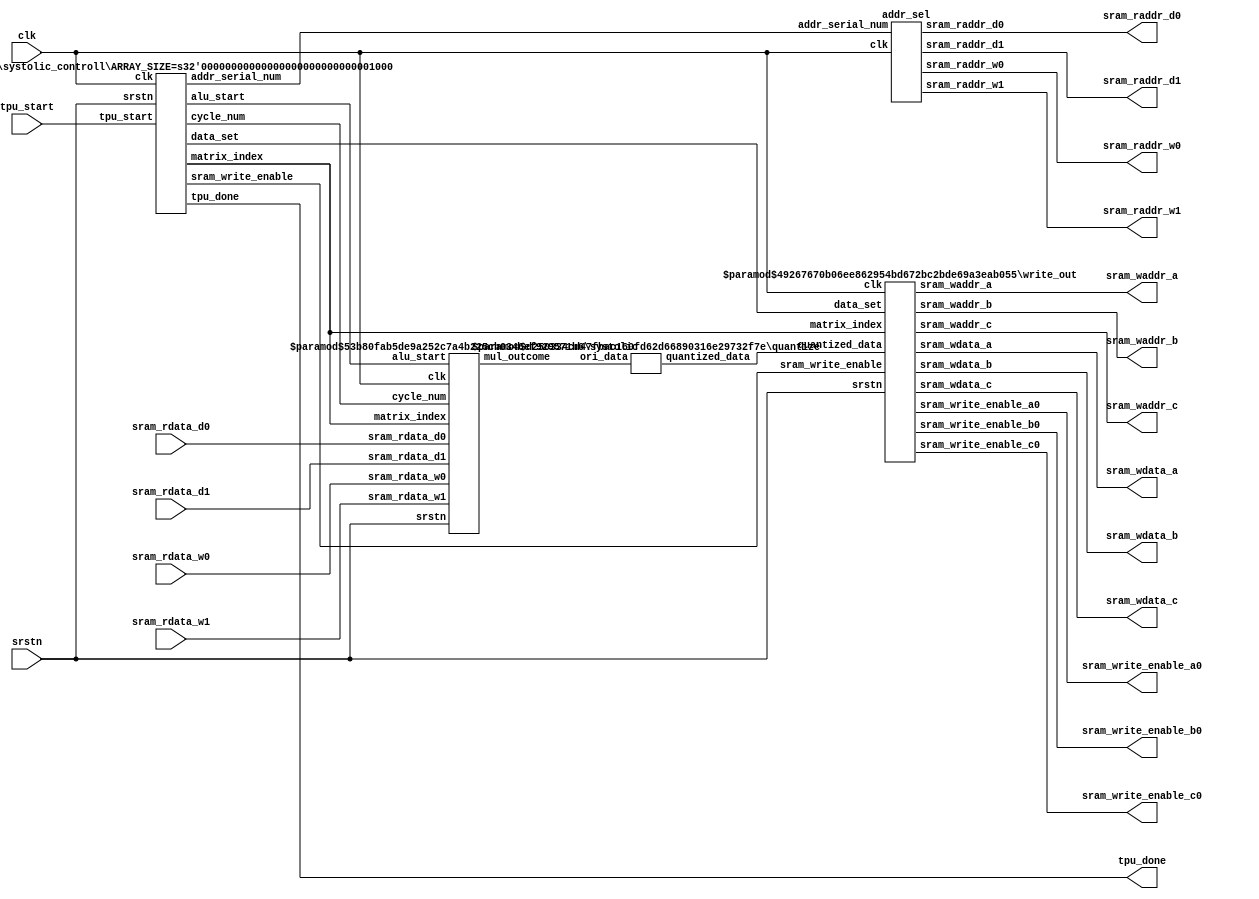
module tpu_top#(
	parameter ARRAY_SIZE = 8,
	parameter SRAM_DATA_WIDTH = 32,
	parameter DATA_WIDTH = 8,
	parameter OUTPUT_DATA_WIDTH = 16
)
(
	input clk,
	input srstn,
	input tpu_start,

	//input data for (data, weight) from eight SRAM
	input [SRAM_DATA_WIDTH-1:0] sram_rdata_w0,
	input [SRAM_DATA_WIDTH-1:0] sram_rdata_w1,
	
	input [SRAM_DATA_WIDTH-1:0] sram_rdata_d0,
	input [SRAM_DATA_WIDTH-1:0] sram_rdata_d1,

	//output addr for (data, weight) from eight SRAM
	output [9:0] sram_raddr_w0,
	output [9:0] sram_raddr_w1,

	output [9:0] sram_raddr_d0,
	output [9:0] sram_raddr_d1,
	
	//write to three SRAN for comparison
	output sram_write_enable_a0,
	output [ARRAY_SIZE*OUTPUT_DATA_WIDTH-1:0] sram_wdata_a,
	output [5:0] sram_waddr_a,

	output sram_write_enable_b0,
	output [ARRAY_SIZE*OUTPUT_DATA_WIDTH-1:0] sram_wdata_b,
	output [5:0] sram_waddr_b,

	output sram_write_enable_c0,
	output [ARRAY_SIZE*OUTPUT_DATA_WIDTH-1:0] sram_wdata_c,
	output [5:0] sram_waddr_c,
	
	output tpu_done
);
localparam ORI_WIDTH = DATA_WIDTH+DATA_WIDTH+5;

//----addr_sel parameter----
wire [6:0] addr_serial_num;

//----quantized parameter----
wire signed [ARRAY_SIZE*ORI_WIDTH-1:0] ori_data;
wire signed [ARRAY_SIZE*OUTPUT_DATA_WIDTH-1:0] quantized_data;

//-----systolic parameter----
wire alu_start;
wire [8:0] cycle_num;
wire [5:0] matrix_index;

//----ststolic_controll parameter---
wire sram_write_enable;
wire [1:0] data_set;

//----write_out parameter----
// nothing XD



//----addr_sel module----
addr_sel addr_sel 
(
	//input
	.clk(clk),
	.addr_serial_num(addr_serial_num),	

	//output
	.sram_raddr_w0(sram_raddr_w0),
	.sram_raddr_w1(sram_raddr_w1),

	.sram_raddr_d0(sram_raddr_d0),
	.sram_raddr_d1(sram_raddr_d1)
);

//----quantize module----
quantize #(
	.ARRAY_SIZE(ARRAY_SIZE),
	.SRAM_DATA_WIDTH(SRAM_DATA_WIDTH),
	.DATA_WIDTH(DATA_WIDTH),
	.OUTPUT_DATA_WIDTH(OUTPUT_DATA_WIDTH)
) quantize
(
	//input
	.ori_data(ori_data),

	//output
	.quantized_data(quantized_data)	
);

//----systolic module----
systolic #(
	.ARRAY_SIZE(ARRAY_SIZE),
	.SRAM_DATA_WIDTH(SRAM_DATA_WIDTH),
	.DATA_WIDTH(DATA_WIDTH)
) systolic
(
	//input
	.clk(clk),
	.srstn(srstn),
	.alu_start(alu_start),
	.cycle_num(cycle_num),

	.sram_rdata_w0(sram_rdata_w0),
	.sram_rdata_w1(sram_rdata_w1),
		
	.sram_rdata_d0(sram_rdata_d0),
	.sram_rdata_d1(sram_rdata_d1),

	.matrix_index(matrix_index),
	
	//output
	.mul_outcome(ori_data)
);

//----systolic_controller module----
systolic_controll  #(
	.ARRAY_SIZE(ARRAY_SIZE)
) systolic_controll
(
	//input
	.clk(clk),
	.srstn(srstn),
	.tpu_start(tpu_start),

	//output
	.sram_write_enable(sram_write_enable),
	.addr_serial_num(addr_serial_num),
	.alu_start(alu_start),
	.cycle_num(cycle_num),
	.matrix_index(matrix_index),
	.data_set(data_set),
	.tpu_done(tpu_done)
);

//----write_out module----
write_out #(
	.ARRAY_SIZE(ARRAY_SIZE),
	.OUTPUT_DATA_WIDTH(OUTPUT_DATA_WIDTH)
) write_out
(
	//input
	.clk(clk), 
	.srstn(srstn),
	.sram_write_enable(sram_write_enable),
	.data_set(data_set),
	.matrix_index(matrix_index),
	.quantized_data(quantized_data),

	//output
	.sram_write_enable_a0(sram_write_enable_a0),
	.sram_wdata_a(sram_wdata_a),
	.sram_waddr_a(sram_waddr_a),

	.sram_write_enable_b0(sram_write_enable_b0),
	.sram_wdata_b(sram_wdata_b),
	.sram_waddr_b(sram_waddr_b),

	.sram_write_enable_c0(sram_write_enable_c0),
	.sram_wdata_c(sram_wdata_c),
	.sram_waddr_c(sram_waddr_c)
);

endmodule


//----for systolic array, we have 32x32 output, 32x32 weight buffer, 32x32
//data buffer

module systolic#(
	parameter ARRAY_SIZE = 8,
	parameter SRAM_DATA_WIDTH = 32,
	parameter DATA_WIDTH = 8
)
(
	input clk,
	input srstn,
	input alu_start,												//enable signal, can start do mul and add plus shift
	input [8:0] cycle_num,
	//input pos_table [0:ARRAY_SIZE-1] [0:ARRAY_SIZE-1],

	input [SRAM_DATA_WIDTH-1:0] sram_rdata_w0,		//32 weight queue
	input [SRAM_DATA_WIDTH-1:0] sram_rdata_w1,

	input [SRAM_DATA_WIDTH-1:0] sram_rdata_d0,		//32 data queue
	input [SRAM_DATA_WIDTH-1:0] sram_rdata_d1,

	input [5:0] matrix_index,
	output reg signed [(ARRAY_SIZE*(DATA_WIDTH+DATA_WIDTH+5))-1:0] mul_outcome
);

localparam FIRST_OUT = ARRAY_SIZE+1;
localparam PARALLEL_START = ARRAY_SIZE+ARRAY_SIZE+1;
localparam OUTCOME_WIDTH = DATA_WIDTH+DATA_WIDTH+5;

reg signed [OUTCOME_WIDTH-1:0] matrix_mul_2D [0:ARRAY_SIZE-1] [0:ARRAY_SIZE-1]; 		
reg signed [OUTCOME_WIDTH-1:0] matrix_mul_2D_nx [0:ARRAY_SIZE-1] [0:ARRAY_SIZE-1]; 		
reg signed [DATA_WIDTH-1:0] data_queue [0:ARRAY_SIZE-1] [0:ARRAY_SIZE-1];
reg signed [DATA_WIDTH-1:0] weight_queue [0:ARRAY_SIZE-1] [0:ARRAY_SIZE-1];

reg signed [DATA_WIDTH+DATA_WIDTH-1:0] mul_result;

reg [5:0] upper_bound;
reg [5:0] lower_bound;

integer i,j;


//------data, weight------
always@(posedge clk) begin
	if(~srstn) begin
		for(i=0; i<ARRAY_SIZE; i=i+1) begin
			for(j=0; j<ARRAY_SIZE; j=j+1) begin
				weight_queue[i][j] <= 0;
				data_queue[i][j]   <= 0;
			end
		end
	end
	else begin
		if(alu_start) begin
			//weight shifting(a0)
			for(i=0; i<4; i=i+1) begin
				weight_queue[0][i] <= sram_rdata_w0[31-8*i-:8];
				weight_queue[0][i+4] <= sram_rdata_w1[31-8*i-:8];
			end
			
			for(i=1; i<ARRAY_SIZE; i=i+1) 
				for(j=0; j<ARRAY_SIZE; j=j+1) 
					weight_queue[i][j] <= weight_queue[i-1][j];
				
			//data shifting(b0)
			for(i=0; i<4; i=i+1) begin
				data_queue[i][0] <= sram_rdata_d0[31-8*i-:8];
				data_queue[i+4][0] <= sram_rdata_d1[31-8*i-:8];
			end
			
			for(i=0; i<ARRAY_SIZE; i=i+1) 
				for(j=1; j<ARRAY_SIZE; j=j+1) 
					data_queue[i][j] <= data_queue[i][j-1];
		end
	end
end

//-------multiplication unit------------
always@(posedge clk) begin
	if(~srstn) begin
		for(i=0; i<ARRAY_SIZE; i=i+1) 
			for(j=0; j<ARRAY_SIZE; j=j+1)  
				matrix_mul_2D[i][j] <= 0;
	end
	else begin
		for(i=0; i<ARRAY_SIZE; i=i+1) 
			for(j=0; j<ARRAY_SIZE; j=j+1) 
				matrix_mul_2D[i][j] <= matrix_mul_2D_nx[i][j];
	end
end

always@(*) begin
	if(alu_start) begin			//based on the mul_row_num, decode how many row operations need to do
		for(i=0; i<ARRAY_SIZE; i=i+1) begin
			for(j=0; j<ARRAY_SIZE; j=j+1) begin
				//multiplication and adding
				if( (cycle_num>=FIRST_OUT && (i+j)==(cycle_num-FIRST_OUT)%16) || (cycle_num >=PARALLEL_START && (i+j)==(cycle_num-PARALLEL_START)%16) ) begin
					mul_result = weight_queue[i][j] * data_queue[i][j];
					matrix_mul_2D_nx[i][j] =  { {5{mul_result[15]}} , mul_result };
				end
				else if( cycle_num>=1 && i+j<=(cycle_num-1) ) begin
					mul_result = weight_queue[i][j] * data_queue[i][j];
					matrix_mul_2D_nx[i][j] = matrix_mul_2D[i][j] + { {5{mul_result[15]}} , mul_result };
				end
				else begin
				 	mul_result = 0;	
					matrix_mul_2D_nx[i][j] = matrix_mul_2D[i][j];
				end
			end
		end
	end
	else begin
		mul_result = 0;
		for(i=0; i<ARRAY_SIZE; i=i+1) 
			for(j=0; j<ARRAY_SIZE; j=j+1) 
				matrix_mul_2D_nx[i][j] = matrix_mul_2D[i][j];
	end		
end

//------output data: mul_outcome(indexed by matrix_index)------
always@(*) begin	
	if(matrix_index < ARRAY_SIZE) begin
		upper_bound = matrix_index;
		lower_bound = matrix_index + ARRAY_SIZE;
	end
	else begin
		upper_bound = matrix_index - ARRAY_SIZE;
		lower_bound = matrix_index;
	end


	//initialization
	for(i=0; i<ARRAY_SIZE*OUTCOME_WIDTH; i=i+1)
		mul_outcome[i] = 0;

	//fetch data
	for(i=0; i<ARRAY_SIZE; i=i+1) begin
		for(j=0; j<ARRAY_SIZE-i; j=j+1) begin
			if(i+j == upper_bound)
				mul_outcome[i*OUTCOME_WIDTH+:OUTCOME_WIDTH] = matrix_mul_2D[i][j];
		end
	end

	for(i=1; i<ARRAY_SIZE; i=i+1) begin
		for(j=ARRAY_SIZE-i; j<ARRAY_SIZE; j=j+1) begin
			if(i+j == lower_bound)
				mul_outcome[i*OUTCOME_WIDTH+:OUTCOME_WIDTH] = matrix_mul_2D[i][j];
		end
	end

end

endmodule

//-----controller for systolic array----

module systolic_controll#(
	parameter ARRAY_SIZE = 8
)
(
	input clk,
	input srstn,
	input tpu_start,																//total enable signal
	
	output reg sram_write_enable,

	//addr_sel
	output reg [6:0] addr_serial_num,

	//systolic array
	output reg alu_start,																//shift & multiplcation start
	output reg [8:0] cycle_num,													//for systolic.v
	output reg [5:0] matrix_index,													//index for write-out SRAM data
	output reg [1:0] data_set,

	output reg tpu_done														//done signal
);

localparam IDLE = 3'd0, LOAD_DATA = 3'd1, WAIT1 = 3'd2, ROLLING = 3'd3;

//----general variable----
reg [2:0] state;
reg [2:0] state_nx;

reg [1:0] data_set_nx;

reg tpu_done_nx;

//----addr_sel----
reg [6:0] addr_serial_num_nx;

//----systolic array----
reg [8:0] cycle_num_nx;
reg [5:0] matrix_index_nx;

//----initialization----
always@(posedge clk) begin
	if(~srstn) begin
		state <= IDLE;
		data_set <= 0;
		cycle_num <= 0;
		matrix_index <= 0;
		addr_serial_num <= 0;
		tpu_done <= 0;
	end
	else begin
		state <= state_nx;
		data_set <= data_set_nx;
		cycle_num <= cycle_num_nx;
		matrix_index <= matrix_index_nx;
		addr_serial_num <= addr_serial_num_nx;
		tpu_done <= tpu_done_nx;
	end
end

//----state transition, tpu_done signal----
always@(*) begin
	case(state) 
		IDLE:	 begin
			if(tpu_start)
				state_nx = LOAD_DATA;
			else
				state_nx = IDLE;
			tpu_done_nx = 0;
		end

		LOAD_DATA: begin
			state_nx = WAIT1;
			tpu_done_nx = 0;
		end

		WAIT1: begin
			state_nx = ROLLING;
			tpu_done_nx = 0;
		end

		ROLLING: begin
			if(matrix_index==15 && data_set == 1) begin
				state_nx = IDLE;
				tpu_done_nx = 1;
			end
			else begin
				state_nx = ROLLING;
				tpu_done_nx = 0;
			end
		end

		default: begin
			state_nx = IDLE;
			tpu_done_nx = 0;
		end
	endcase
end

//-----addr_sel: addr_serial_num-----
always@(*) begin
	case(state)
		IDLE: begin
			if(tpu_start)
				addr_serial_num_nx = 0;
			else
				addr_serial_num_nx = addr_serial_num;
		end

		LOAD_DATA:
			addr_serial_num_nx = 1;

		WAIT1: 
			addr_serial_num_nx = 2;

		ROLLING: begin
			if(addr_serial_num == 127)
				addr_serial_num_nx = addr_serial_num;
			else
				addr_serial_num_nx = addr_serial_num + 1;
		end

		default:
			addr_serial_num_nx = 0;
	endcase
end

//------systolic: alu_start, cycle_num, matrix_index, data_set,
//sram_write_enable------
always@(*) begin
	case(state)
		IDLE: begin
			alu_start = 0;
			cycle_num_nx = 0;
			matrix_index_nx = 0;
			data_set_nx = 0;
			sram_write_enable = 0;
		end

		LOAD_DATA: begin
			alu_start = 0;
			cycle_num_nx = 0;
			matrix_index_nx = 0;
			data_set_nx = 0;
			sram_write_enable = 0;
		end

		WAIT1: begin
			alu_start = 0;
			cycle_num_nx = 0;
			matrix_index_nx = 0;
			data_set_nx = 0;
			sram_write_enable = 0;
		end

		ROLLING: begin
			alu_start = 1;
			cycle_num_nx = cycle_num + 1;
			if(cycle_num >= ARRAY_SIZE+1) begin
				if(matrix_index == 15) begin
					matrix_index_nx = 0;
					data_set_nx = data_set + 1;
				end
				else begin
					matrix_index_nx = matrix_index + 1;
					data_set_nx = data_set;
				end
				sram_write_enable = 1;
			end
			else begin
				matrix_index_nx = 0;
				data_set_nx = data_set;
				sram_write_enable = 0;
			end
		end

		default: begin
			alu_start = 0;
			cycle_num_nx = 0;
			matrix_index_nx = 0;
			data_set_nx = 0;
			sram_write_enable = 0;
		end
		
	endcase
end

endmodule

//-------do the address select for 32 queue, each queue size 32+32-1---


module addr_sel
(
	input clk,
	input [6:0] addr_serial_num,							//max = 126, setting all of the addr127 = 0
	
	//sel for w0~w7
	output reg [9:0] sram_raddr_w0,			//queue 0~3
	output reg [9:0] sram_raddr_w1,			//queue 4~7

	//sel for d0~d7
	output reg [9:0] sram_raddr_d0,
	output reg [9:0] sram_raddr_d1
);

wire [9:0] sram_raddr_w0_nx;			//queue 0~3
wire [9:0] sram_raddr_w1_nx;			//queue 4~7

//sel for d0~d7
wire [9:0] sram_raddr_d0_nx;
wire [9:0] sram_raddr_d1_nx;

always@(posedge clk) begin				//fit in output flip-flop
	sram_raddr_w0 <= sram_raddr_w0_nx;
	sram_raddr_w1 <= sram_raddr_w1_nx;

	sram_raddr_d0 <= sram_raddr_d0_nx;
	sram_raddr_d1 <= sram_raddr_d1_nx;
end

assign sram_raddr_w0_nx = (addr_serial_num<=98)? { {3{1'd0}} , addr_serial_num} : 127;
assign sram_raddr_w1_nx = (addr_serial_num>=4 && addr_serial_num<=102)? { {3{1'd0}} , addr_serial_num-7'd4} : 127;

assign sram_raddr_d0_nx = (addr_serial_num<=98)? { {3{1'd0}} , addr_serial_num} : 127;
assign sram_raddr_d1_nx = (addr_serial_num>=4 && addr_serial_num<=102)? { {3{1'd0}} , addr_serial_num-7'd4} : 127;


endmodule

//-------ori data is from systolic array, output to quantized data-------

module quantize#(
	parameter ARRAY_SIZE = 8,
	parameter SRAM_DATA_WIDTH = 32,
	parameter DATA_WIDTH = 8,
	parameter OUTPUT_DATA_WIDTH = 16
)
(
	input signed [ARRAY_SIZE*(DATA_WIDTH+DATA_WIDTH+5)-1:0] ori_data,
	output reg signed [ARRAY_SIZE*OUTPUT_DATA_WIDTH-1:0] quantized_data
);

localparam max_val = 32767,min_val = -32768;
localparam ORI_WIDTH = DATA_WIDTH+DATA_WIDTH+5;

reg signed [ORI_WIDTH-1:0] ori_shifted_data;

integer i;

//quantize the data from 32 bit(16: integer, 8: precision) to 16 bit(8: integer, 8: precision)
always@* begin
	for(i=0; i<ARRAY_SIZE; i=i+1) begin
		ori_shifted_data = ori_data[i*ORI_WIDTH +: ORI_WIDTH];
		if(ori_shifted_data >= max_val) quantized_data[i*OUTPUT_DATA_WIDTH +: OUTPUT_DATA_WIDTH] = max_val;
		else if(ori_shifted_data <= min_val) quantized_data[i*OUTPUT_DATA_WIDTH +: OUTPUT_DATA_WIDTH] = min_val;
		else quantized_data[i*OUTPUT_DATA_WIDTH +: OUTPUT_DATA_WIDTH] = ori_shifted_data[OUTPUT_DATA_WIDTH-1:0];
	end
end

endmodule

//-----this module is for weiting data out------

module write_out#(
	parameter ARRAY_SIZE = 8,
	parameter OUTPUT_DATA_WIDTH = 16
)
(
	input clk,
	input srstn,
	input sram_write_enable,

	input [1:0] data_set,
	input [5:0] matrix_index,

	input signed [ARRAY_SIZE*OUTPUT_DATA_WIDTH-1:0] quantized_data,

	output reg sram_write_enable_a0,
	output reg [ARRAY_SIZE*OUTPUT_DATA_WIDTH-1:0] sram_wdata_a,
 	output reg [5:0] sram_waddr_a,

	output reg sram_write_enable_b0,
	output reg [ARRAY_SIZE*OUTPUT_DATA_WIDTH-1:0] sram_wdata_b,
 	output reg [5:0] sram_waddr_b,

	output reg sram_write_enable_c0,
	output reg [ARRAY_SIZE*OUTPUT_DATA_WIDTH-1:0] sram_wdata_c,
 	output reg [5:0] sram_waddr_c
);

integer i;
localparam MAX_INDEX = ARRAY_SIZE - 1;

//output flip-flop
reg sram_write_enable_a0_nx;
reg sram_write_enable_b0_nx;
reg sram_write_enable_c0_nx;

reg [ARRAY_SIZE*OUTPUT_DATA_WIDTH-1:0] sram_wdata_a_nx;
reg [ARRAY_SIZE*OUTPUT_DATA_WIDTH-1:0] sram_wdata_b_nx;
reg [ARRAY_SIZE*OUTPUT_DATA_WIDTH-1:0] sram_wdata_c_nx;

reg [5:0] sram_waddr_a_nx;
reg [5:0] sram_waddr_b_nx;
reg [5:0] sram_waddr_c_nx;

//---sequential logic-----
always@(posedge clk) begin
	if(~srstn) begin
		sram_write_enable_a0 <= 1;
		sram_write_enable_b0 <= 1;
		sram_write_enable_c0 <= 1;

		sram_wdata_a <= 0;
		sram_wdata_b <= 0;
		sram_wdata_c <= 0;

		sram_waddr_a <= 0;
		sram_waddr_b <= 0;
		sram_waddr_c <= 0;
	end
	else begin
		sram_write_enable_a0 <= sram_write_enable_a0_nx;
		sram_write_enable_b0 <= sram_write_enable_b0_nx;
		sram_write_enable_c0 <= sram_write_enable_c0_nx;

		sram_wdata_a <= sram_wdata_a_nx;
		sram_wdata_b <= sram_wdata_b_nx;
		sram_wdata_c <= sram_wdata_c_nx;

		sram_waddr_a <= sram_waddr_a_nx;
		sram_waddr_b <= sram_waddr_b_nx;
		sram_waddr_c <= sram_waddr_c_nx;
	end
end


//for a0, write_enable_X0 = 0 means write
always@(*) begin
	if(sram_write_enable) begin
		case(data_set)
			0: begin
				if(matrix_index < ARRAY_SIZE) begin
					sram_write_enable_a0_nx = 0;
					for(i=0; i<ARRAY_SIZE; i=i+1) begin
						if(i<=matrix_index)
							sram_wdata_a_nx[(MAX_INDEX-i)*OUTPUT_DATA_WIDTH +: OUTPUT_DATA_WIDTH] = quantized_data[i*OUTPUT_DATA_WIDTH +: OUTPUT_DATA_WIDTH];
						else
							sram_wdata_a_nx[(MAX_INDEX-i)*OUTPUT_DATA_WIDTH +: OUTPUT_DATA_WIDTH] = 0;
					end
					sram_waddr_a_nx = matrix_index;
				end
				else begin							//mix type
					sram_write_enable_a0_nx = 0;
				 	for(i=0; i<ARRAY_SIZE; i=i+1) begin
						if(i < 15-matrix_index)
							sram_wdata_a_nx[(MAX_INDEX-i)*OUTPUT_DATA_WIDTH +: OUTPUT_DATA_WIDTH] = quantized_data[(i+1+(matrix_index-ARRAY_SIZE))*OUTPUT_DATA_WIDTH +: OUTPUT_DATA_WIDTH];
						else
							sram_wdata_a_nx[(MAX_INDEX-i)*OUTPUT_DATA_WIDTH +: OUTPUT_DATA_WIDTH] = 0;
					end
					sram_waddr_a_nx = matrix_index;
				end
			end

			default: begin
				sram_write_enable_a0_nx = 1;
				for(i=0; i<ARRAY_SIZE*OUTPUT_DATA_WIDTH; i=i+1)
					sram_wdata_a_nx[i] = 0;
				sram_waddr_a_nx = 0;
			end
		endcase
	end
	else begin
		sram_write_enable_a0_nx = 1;
		for(i=0; i<ARRAY_SIZE*OUTPUT_DATA_WIDTH; i=i+1)
			sram_wdata_a_nx[i] = 0;
		sram_waddr_a_nx = 0;
	end
end

//for b0, write_enable_X0 = 0 means write
always@(*) begin
	if(sram_write_enable) begin
		case(data_set)
			0: begin
				if(matrix_index < ARRAY_SIZE) begin			//all occupied by a
					sram_write_enable_b0_nx = 1;
					for(i=0; i<ARRAY_SIZE*OUTPUT_DATA_WIDTH; i=i+1)
						sram_wdata_b_nx[i] = 0;
					sram_waddr_b_nx = 0;
				end
				else begin														//mix type
					sram_write_enable_b0_nx = 0;
					for(i=0; i<ARRAY_SIZE; i=i+1) begin
						if(i <= matrix_index-ARRAY_SIZE)
							sram_wdata_b_nx[(MAX_INDEX-i)*OUTPUT_DATA_WIDTH +: OUTPUT_DATA_WIDTH] = quantized_data[i*OUTPUT_DATA_WIDTH +: OUTPUT_DATA_WIDTH];
						else
							sram_wdata_b_nx[(MAX_INDEX-i)*OUTPUT_DATA_WIDTH +: OUTPUT_DATA_WIDTH] = 0;
					end
					sram_waddr_b_nx = matrix_index - ARRAY_SIZE;
				end
			end

			1: begin
				if(matrix_index < ARRAY_SIZE) begin
					sram_write_enable_b0_nx = 0;
					for(i=0; i<ARRAY_SIZE; i=i+1) begin
						if(i < ARRAY_SIZE-matrix_index-1)
							sram_wdata_b_nx[(MAX_INDEX-i)*OUTPUT_DATA_WIDTH +: OUTPUT_DATA_WIDTH] = quantized_data[(i+1+matrix_index)*OUTPUT_DATA_WIDTH +: OUTPUT_DATA_WIDTH];
						else
							sram_wdata_b_nx[(MAX_INDEX-i)*OUTPUT_DATA_WIDTH +: OUTPUT_DATA_WIDTH] = 0;
					end
					sram_waddr_b_nx = matrix_index + ARRAY_SIZE;
				end
				else begin
					sram_write_enable_b0_nx = 1;
					for(i=0; i<ARRAY_SIZE*OUTPUT_DATA_WIDTH; i=i+1)
						sram_wdata_b_nx[i] = 0;
					sram_waddr_b_nx = 0;
				end
			end

			default: begin
				sram_write_enable_b0_nx = 1;
				for(i=0; i<ARRAY_SIZE*OUTPUT_DATA_WIDTH; i=i+1)
					sram_wdata_b_nx[i] = 0;
				sram_waddr_b_nx = 0;
			end
		endcase
	end
	else begin
		sram_write_enable_b0_nx = 1;
		for(i=0; i<ARRAY_SIZE*OUTPUT_DATA_WIDTH; i=i+1)
			sram_wdata_b_nx[i] = 0;
		sram_waddr_b_nx = 0;
	end
end

//for c0, write_enable_X0 = 0 means write
always@(*) begin
	if(sram_write_enable) begin
		case(data_set)
			1: begin
				if(matrix_index < ARRAY_SIZE) begin			//all occupied by a
					sram_write_enable_c0_nx = 0;
					for(i=0; i<ARRAY_SIZE; i=i+1) begin
						if(i<=matrix_index)
							sram_wdata_c_nx[(MAX_INDEX-i)*OUTPUT_DATA_WIDTH +: OUTPUT_DATA_WIDTH] = quantized_data[i*OUTPUT_DATA_WIDTH +: OUTPUT_DATA_WIDTH];
						else
							sram_wdata_c_nx[(MAX_INDEX-i)*OUTPUT_DATA_WIDTH +: OUTPUT_DATA_WIDTH] = 0;
					end
					sram_waddr_c_nx = matrix_index;
				end
				else begin														//mix type
					sram_write_enable_c0_nx = 0;
					for(i=0; i<ARRAY_SIZE; i=i+1) begin
						if(i < 15-matrix_index)
							sram_wdata_c_nx[(MAX_INDEX-i)*OUTPUT_DATA_WIDTH +: OUTPUT_DATA_WIDTH] = quantized_data[(i+1+(matrix_index-ARRAY_SIZE))*OUTPUT_DATA_WIDTH +: OUTPUT_DATA_WIDTH];
						else
							sram_wdata_c_nx[(MAX_INDEX-i)*OUTPUT_DATA_WIDTH +: OUTPUT_DATA_WIDTH] = 0;
					end
					sram_waddr_c_nx = matrix_index;
				end
			end

			default: begin
				sram_write_enable_c0_nx = 1;
				for(i=0; i<ARRAY_SIZE*OUTPUT_DATA_WIDTH; i=i+1)
					sram_wdata_c_nx[i] = 0;
				sram_waddr_c_nx = 0;
			end
		endcase
	end
	else begin
		sram_write_enable_c0_nx = 1;
		for(i=0; i<ARRAY_SIZE*OUTPUT_DATA_WIDTH; i=i+1)
			sram_wdata_c_nx[i] = 0;
		sram_waddr_c_nx = 0;
	end
end

endmodule